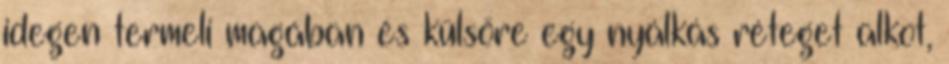
idegen termeli magában és külsőre egy nyálkás réteget alkot,